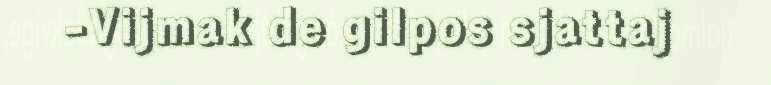
-Vijmak de gilpos sjattaj